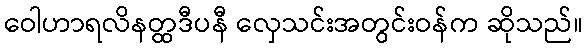
ဝေါဟာရလိနတ္ထဒီပနီ လှေသင်းအတွင်းဝန်က ဆိုသည်။